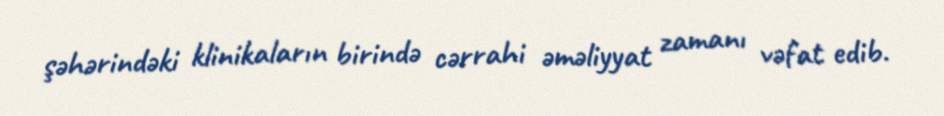
şəhərindəki klinikaların birində cərrahi əməliyyat zamanı vəfat edib.